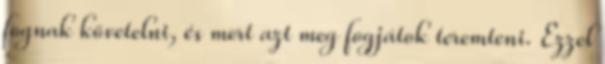
fognak követelni, és mert azt meg fogjátok teremteni. Ezzel